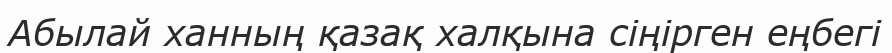
Абылай ханның қазақ халқына сіңірген еңбегі